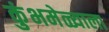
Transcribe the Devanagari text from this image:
कुंभमेळ्याला